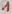
Text: 1